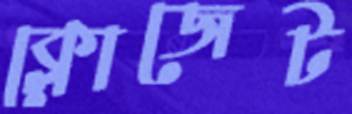
ক্লোজেট